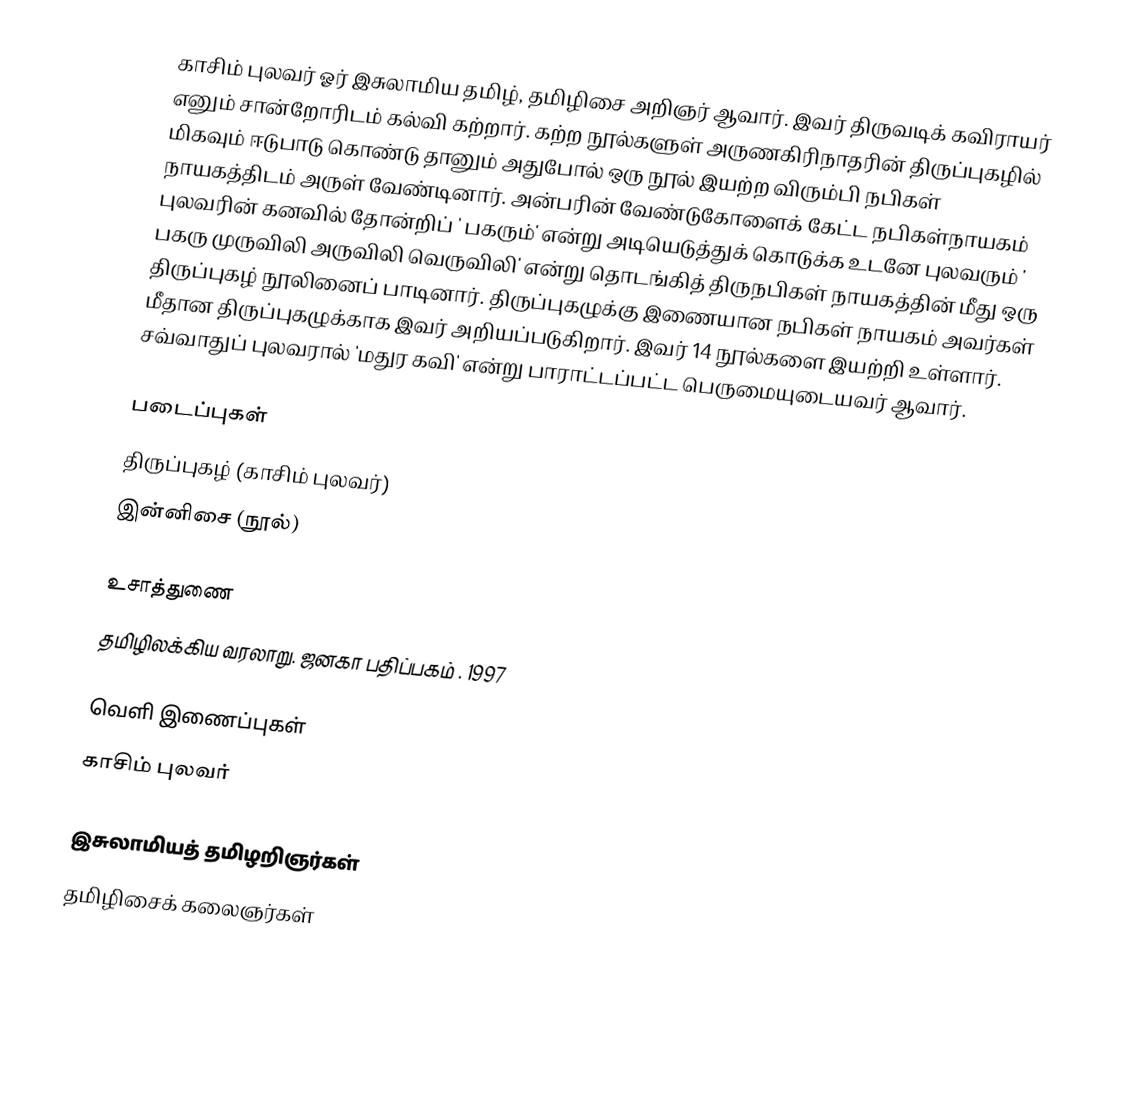
காசிம் புலவர் ஓர் இசுலாமிய தமிழ், தமிழிசை அறிஞர் ஆவார்.   இவர் திருவடிக் கவிராயர் எனும் சான்றோரிடம் கல்வி கற்றார். கற்ற நூல்களுள் அருணகிரிநாதரின் திருப்புகழில் மிகவும் ஈடுபாடு கொண்டு தானும் அதுபோல் ஒரு நூல் இயற்ற விரும்பி நபிகள் நாயகத்திடம் அருள் வேண்டினார். அன்பரின் வேண்டுகோளைக் கேட்ட நபிகள்நாயகம் புலவரின் கனவில் தோன்றிப் ' பகரும்' என்று அடியெடுத்துக் கொடுக்க உடனே புலவரும் ' பகரு முருவிலி அருவிலி வெருவிலி' என்று தொடங்கித் திருநபிகள் நாயகத்தின் மீது ஒரு திருப்புகழ் நூலினைப் பாடினார். திருப்புகழுக்கு இணையான நபிகள் நாயகம் அவர்கள் மீதான திருப்புகழுக்காக இவர் அறியப்படுகிறார்.  இவர் 14 நூல்களை இயற்றி உள்ளார்.  சவ்வாதுப் புலவரால் 'மதுர கவி' என்று பாராட்டப்பட்ட பெருமையுடையவர் ஆவார்.

படைப்புகள்
 திருப்புகழ் (காசிம் புலவர்)
 இன்னிசை (நூல்)

உசாத்துணை
 தமிழிலக்கிய வரலாறு. ஜனகா பதிப்பகம் . 1997

வெளி இணைப்புகள்
 காசிம் புலவர்

இசுலாமியத் தமிழறிஞர்கள்
தமிழிசைக் கலைஞர்கள்